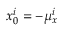
x _ { 0 } ^ { i } = - \mu _ { x } ^ { i }